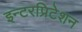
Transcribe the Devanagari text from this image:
इन्टरप्रिटेशन